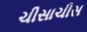
ચીસાચીસ